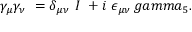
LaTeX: \gamma _ { \mu } \gamma _ { \nu } \ = \delta _ { \mu \nu } \ I \ + i \ \epsilon _ { \mu \nu } \, g a m m a _ { 5 } .